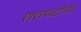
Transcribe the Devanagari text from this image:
शतपटींनी